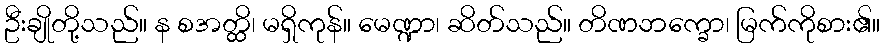
ဦးချိုတို့သည်။ န စအတ္ထိ၊ မရှိကုန်။ မေဏ္ဍာ၊ ဆိတ်သည်။ တိဏဘက္ခော၊ မြက်ကိုစား၏။